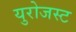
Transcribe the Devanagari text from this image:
युरोजस्ट